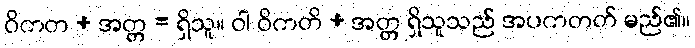
ဝိကတ + အတ္တ = ရှိသူ။ ဝါ ဝိကတိ + အတ္တ ရှိသူသည် အပကတတ် မည်၏။